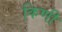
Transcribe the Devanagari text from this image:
किणी